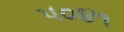
૫૦૪૧